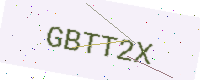
Text: GBTT2X